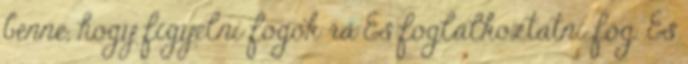
benne, hogy figyelni fogok rá És foglalkoztatni fog. És